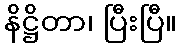
နိဋ္ဌိတာ၊ ပြီးပြီ။